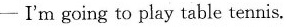
-I'm going to play table tennis.